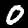
Label: 0